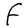
Character: F